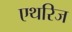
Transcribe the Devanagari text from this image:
एथरिज